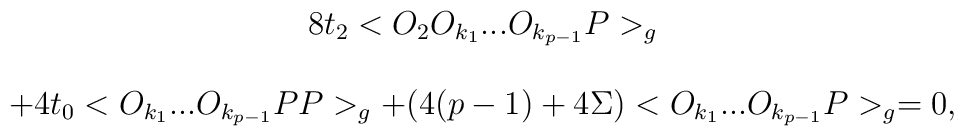
\begin{array}{c}8t_{2} <O_{2} O_{k_{1}}...O_{k_{p-1}}P>_{g} \\ \\+4t_{0} <O_{k_{1}}...O_{k_{p-1}}PP>_{g} + (4(p-1) +4 \Sigma )<O_{k_{1}}...O_{k_{p-1}}P>_{g}=0,\end{array}